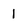
Character: 1